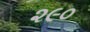
૨૯૦